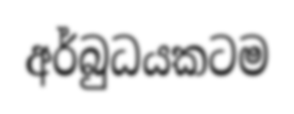
අර්බුධයකටම